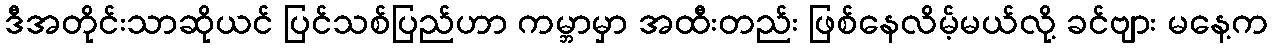
ဒီအတိုင်းသာဆိုယင် ပြင်သစ်ပြည်ဟာ ကမ္ဘာမှာ အထီးတည်း ဖြစ်နေလိမ့်မယ်လို့ ခင်ဗျား မနေ့က